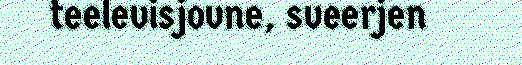
teelevisjovne, sveerjen